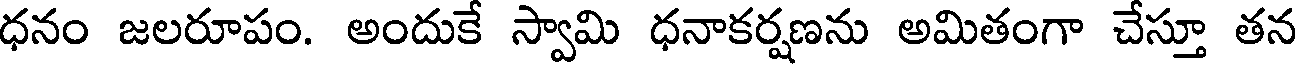
ధనం జలరూపం. అందుకే స్వామి ధనాకర్షణను అమితంగా చేస్తూ తన